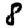
Digit: 8